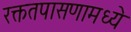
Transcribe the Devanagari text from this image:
रक्ततपासणामध्ये